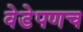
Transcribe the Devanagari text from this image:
वेडेपणच